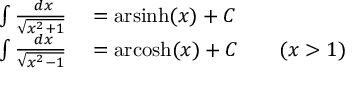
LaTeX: \begin{array} { r l } { \int { \frac { \ d x } { \sqrt { x ^ { 2 } + 1 } } } } & { { } = { \mathrm { a r s i n h } } ( x ) + C } \\ { \int { \frac { \ d x } { \sqrt { x ^ { 2 } - 1 } } } } & { { } = { \mathrm { a r c o s h } } ( x ) + C \qquad ( x > 1 ) } \end{array}